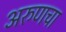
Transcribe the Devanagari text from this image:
अरुणचा